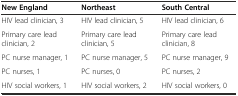
<table><thead><tr><td><b>New England</b></td><td><b>Northeast</b></td><td><b>South Central</b></td></tr></thead><tbody><tr><td>HIV lead clinician, 3</td><td>HIV lead clinician, 5</td><td>HIV lead clinician, 6</td></tr><tr><td>Primary care lead clinician, 2</td><td>Primary care lead clinician, 5</td><td>Primary care lead clinician, 8</td></tr><tr><td>PC nurse manager, 1</td><td>PC nurse manager, 5</td><td>PC nurse manager, 9</td></tr><tr><td>PC nurses, 1</td><td>PC nurses, 0</td><td>PC nurses, 2</td></tr><tr><td>HIV social workers, 1</td><td>HIV social workers, 2</td><td>HIV social workers, 0</td></tr></tbody></table>